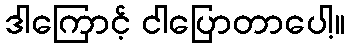
ဒါကြောင့် ငါပြောတာပေါ့။